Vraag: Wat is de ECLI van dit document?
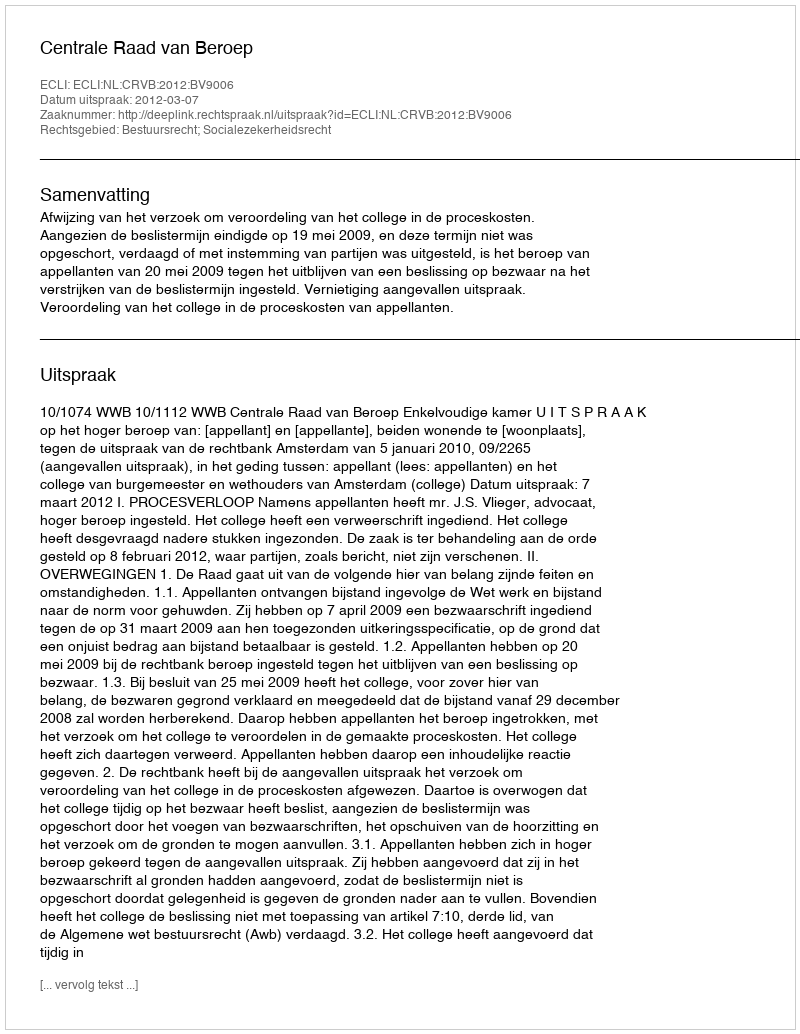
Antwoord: ECLI:NL:CRVB:2012:BV9006